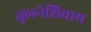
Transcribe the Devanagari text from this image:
तुलनेशिवाय